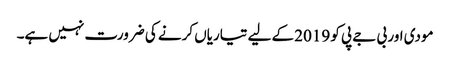
مودی اور بی جے پی کو 2019 کے لیے تیاریاں کرنے کی ضرورت نہیں ہے۔